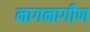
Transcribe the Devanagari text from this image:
नागनागीण